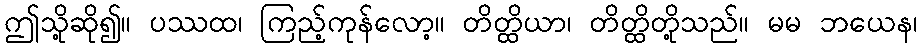
ဤသို့ဆို၍။ ပဿထ၊ ကြည့်ကုန်လော့။ တိတ္ထိယာ၊ တိတ္ထိတို့သည်။ မမ ဘယေန၊